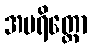
အပရိတ္တော